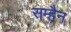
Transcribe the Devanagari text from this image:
सम्हैन